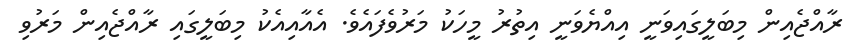
ރާއްޖެއިން މިބަލީގައިވަނީ އިއްޔެވަނީ އިތުރު މީހަކު މަރުވެފައެވެ. އެއާއިއެކު މިބަލީގައި ރާއްޖެއިން މަރުވި